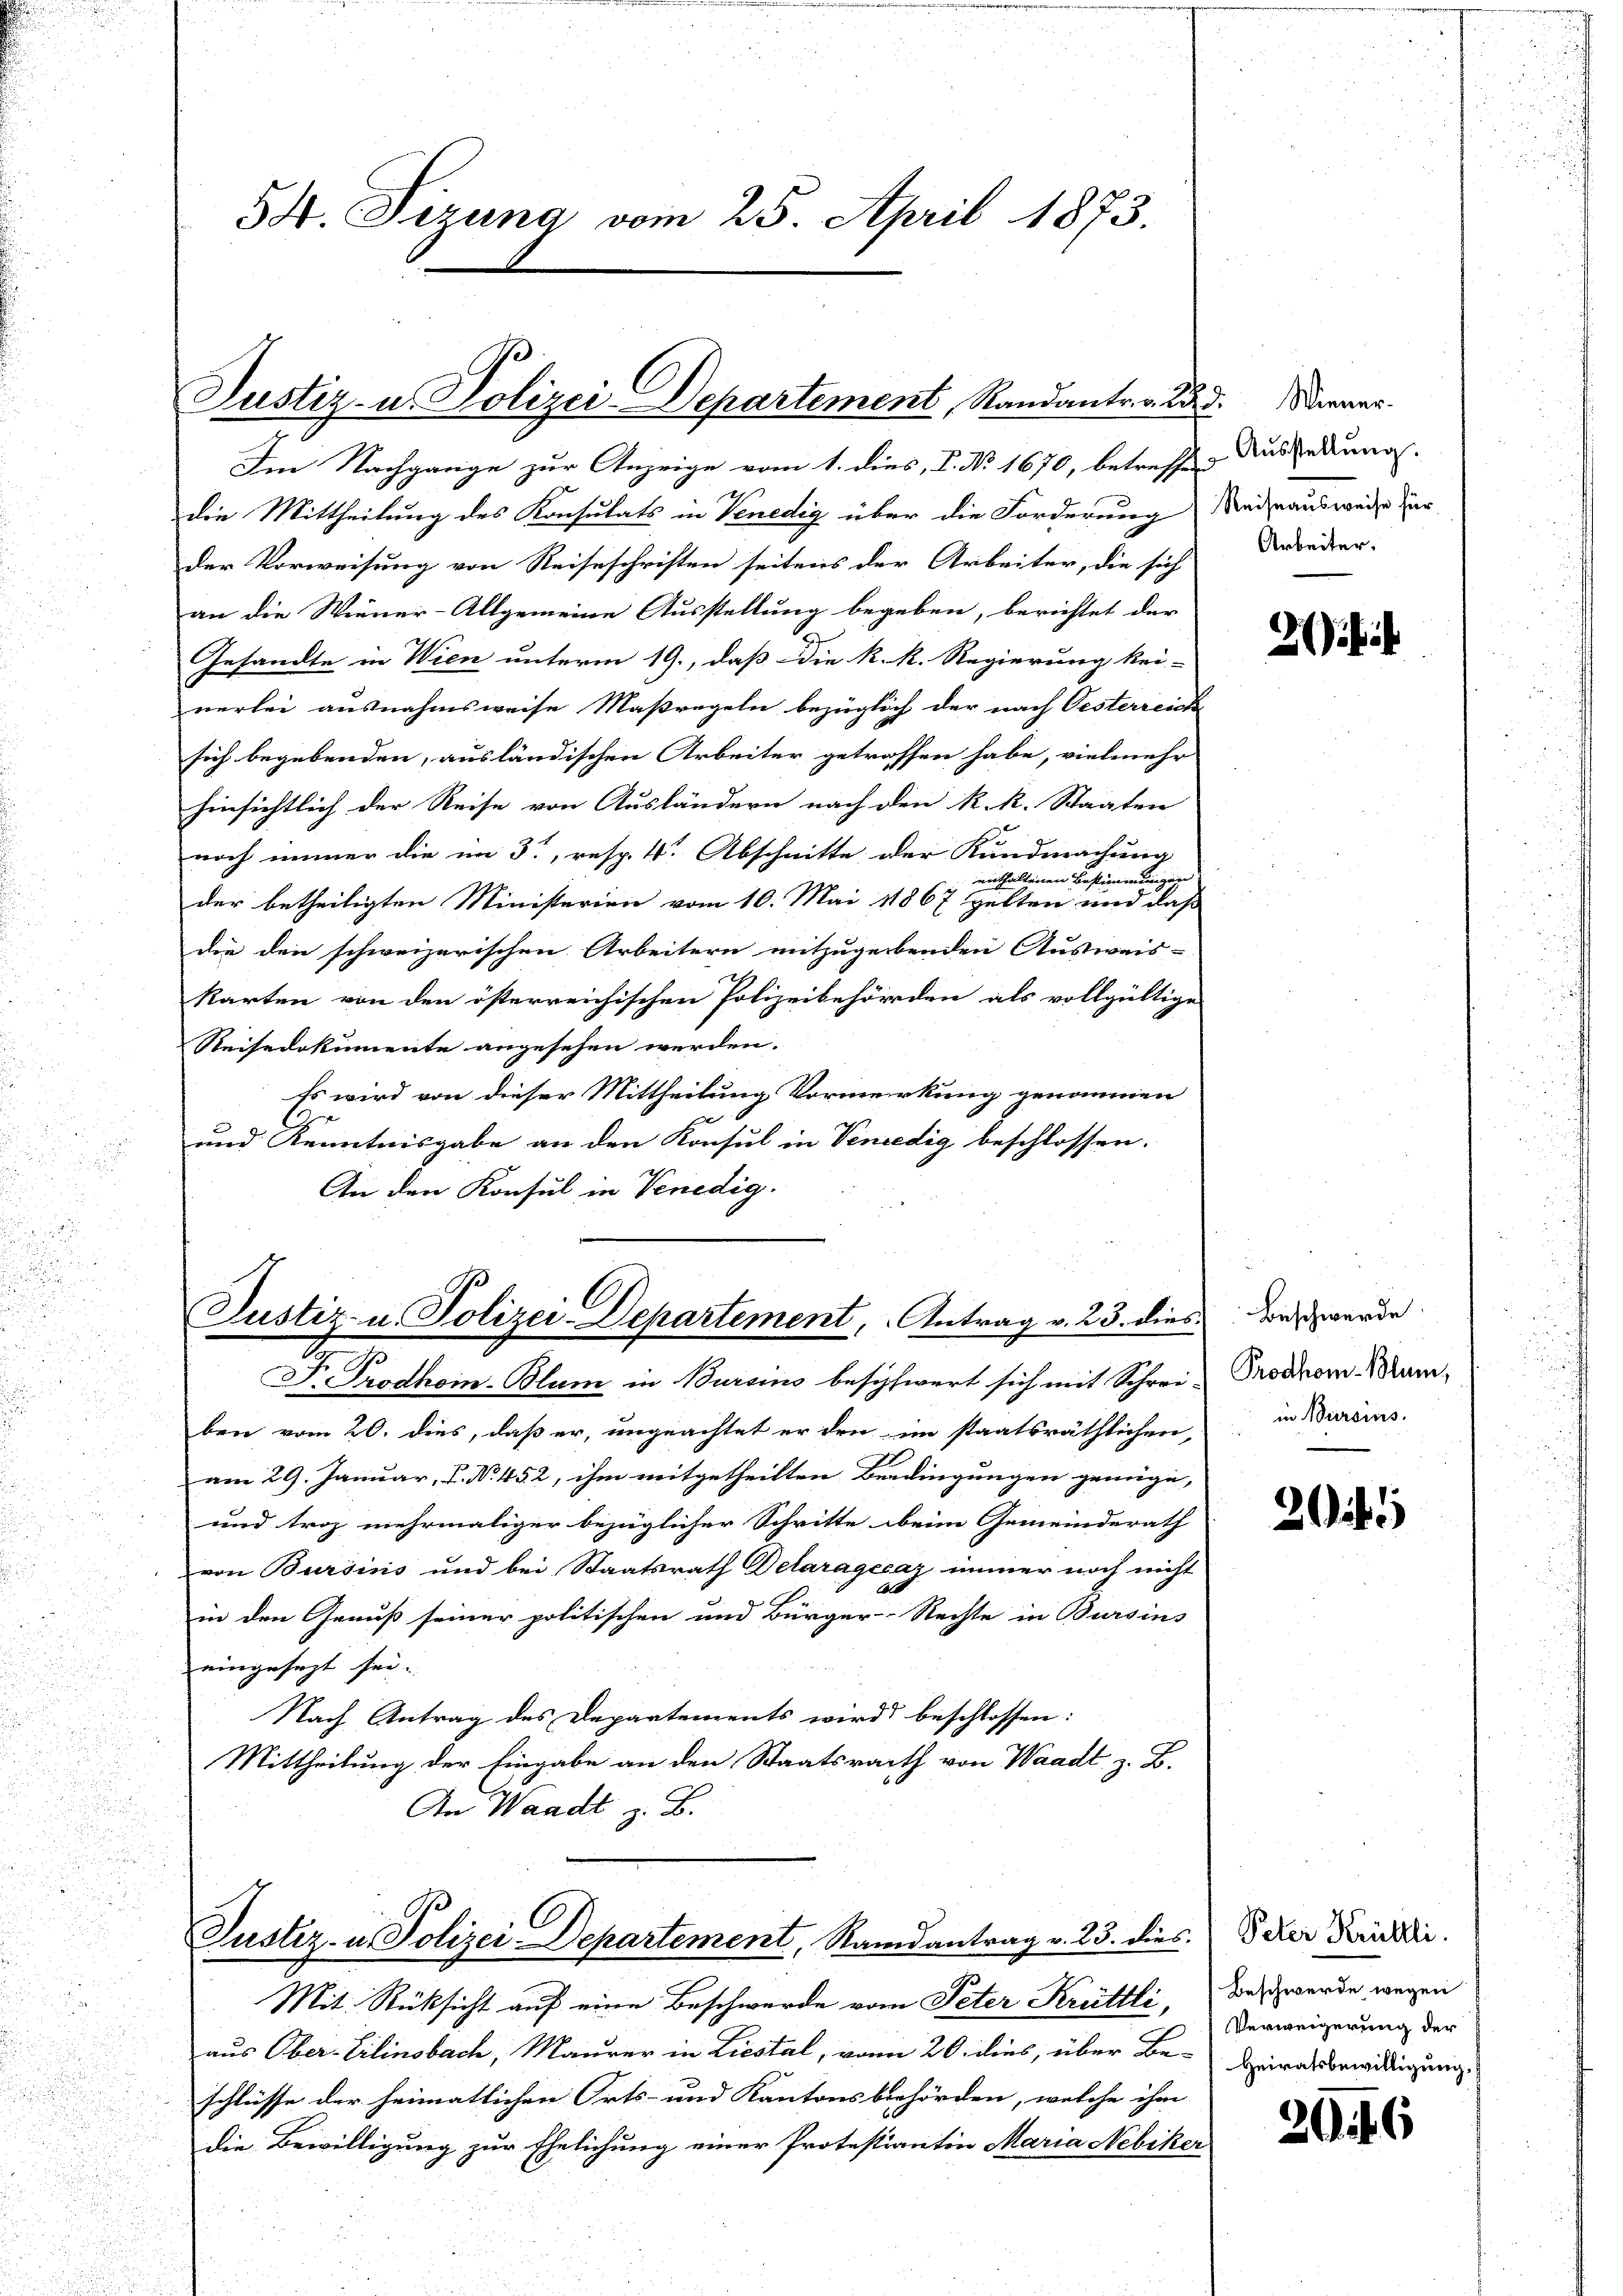
54. Sizung vom 25. April 1873.

Justiz- u. Polizei Departement, Standanter 28. Diener

l
Justiz- u. Polizei-Departement, Antrag v. 23. dies
4
J. Prodkom-Blum in Bursins beschwert sich mit Schrei-

Justiz- u. Polizei-Departement, Randantrag v. 23. dies. Peter Fridlin.

Im Nachgange zur Anzeige vom 1. dies, I. No 1670, betreffen
die Mittheilung des Konsulats in Venedig über die Forderung
der Vorweisung von Reiseschriften seitens der Arbeiter, die sich
an die Wiener-Allgemeine Ausstellung begeben, berichtet der
Gesandte in Wien unterm 19., daß die K. R. Regierung kei-
nerlei ausnahmsweise Maßregeln bezüglich der nach Oesterreiche
sich begebenden, ausländischen Arbeiter getroffen habe, vielmehr
hinsichtlich der Reise von Ausländern nach den k. k. Staaten
noch immer die im 3., resp. 4. Abschnitte der Kundmachung
enthaltenen Bestimmungen
der betheiligten Ministerien vom 10. Mai 1867 gelten und daß
die den schweizerischen Arbeitern mitzugebenden Ausweis-
karten von den österreichischen Polizeibehörden als vollgültige
Reisedokumente angesehen werden.
Es wird von dieser Mittheilung Vormerkung genommen
und Kenntnisgabe an den Konsul in Venedig beschlossen:
An den Konsul in Venedig

Mit Rücksicht auf eine Beschwerde vom Peter Krüttli,
aus Ober-Eilinobach, Maurer in Liestal, vom 20. dies, über Be-
schlüsse der heimatlichen Orts- und Kantonsbehörden, welche ihm
die Bewilligung zur Ehelichung einer Protestiantin Maria Nebiker

Ausstellung.
Reiseausweise für
Arbeiter.

ben vom 20. dies, daß er, ungeachtet er den im staatsräthlichen,
am 29. Januar, P. Nr. 452, ihm mitgetheilten Berdingungen genüge,
und troz mehrmaliger bezüglicher Schritte beim Gemeinderath
von Bursins und bei Staatsrath Delaragecaz immer noch nicht
in den Genuß seiner politischen und Bürger-Rechte in Bursins
eingesagt sei.
Nach Antrag des Departements wird beschlossen:
Mittheilung der Eingabe an den Staatsrath von Waadt z. B.
An Waadt z. B.

2

Beschwerde
Prodhom-Blum,
in Bursins

2

Beschwerde wegen
Verweigerung der
Heiratsbewilligung.

20

6